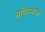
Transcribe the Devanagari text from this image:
तावेलसजो